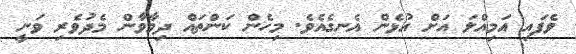
ވެފައި އަމިއްލަ އަށް އުޅެން އެނގެއެވެ. މިހެން ކަންތައް ދިމާވާން މެދުވެރި ވަނީ